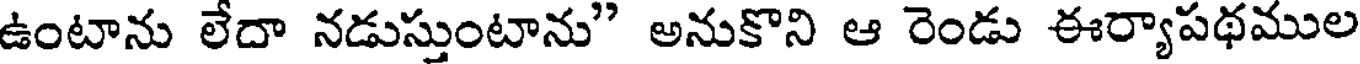
ఉంటాను లేదా నడుస్తుంటాను" అనుకొని ఆ రెండు ఈర్యాపథముల